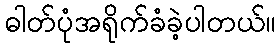
ဓါတ်ပုံအရိုက်ခံခဲ့ပါတယ်။